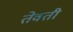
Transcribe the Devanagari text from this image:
तेवती